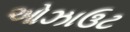
ઓઝાઉટ